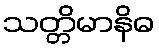
သတ္တိမာနိဓ